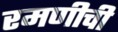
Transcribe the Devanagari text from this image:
रमणीची